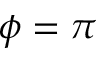
\phi = \pi